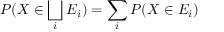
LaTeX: P ( X \in \bigsqcup _ { i } E _ { i } ) = \sum _ { i } P ( X \in E _ { i } )